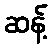
ဆန့်